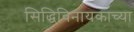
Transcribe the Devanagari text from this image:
सिद्धिविनायकाच्या